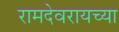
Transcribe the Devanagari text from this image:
रामदेवरायच्या